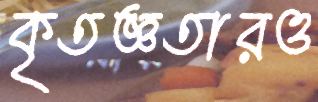
কৃতজ্ঞতারও